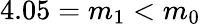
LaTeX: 4.05=m_{1}<m_{0}